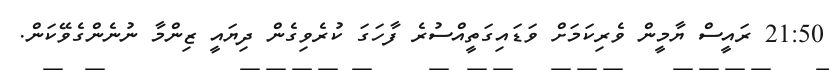
21:50 ރައީސް ޔާމީން ވެރިކަމަށް ވަޑައިގަތީއްސުރެ ފާހަގަ ކުރެވިގެން ދިޔައީ ޒިންމާ ނުނެންގެވޭކަން.